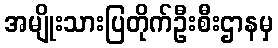
အမျိုးသားပြတိုက်ဦးစီးဌာနမှ